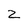
Character: Z